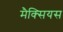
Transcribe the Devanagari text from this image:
मैक्सियस